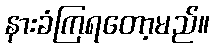
နားခံကြရတော့မည်။